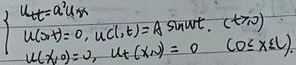
\[\begin{cases}
u_{tt}=a^{2}u_{xx}, &u(l,t)=A\sin\omega t, \ (t\geq0)\\
u(x,0)=0, &u_{t}(x,0)=0, \ (0\leq x\leq l)
\end{cases}\]